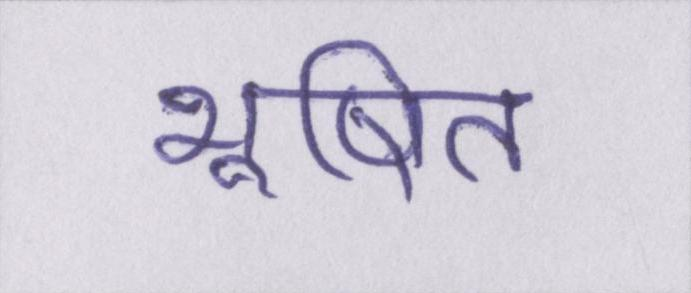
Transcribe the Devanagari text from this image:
भूषित